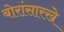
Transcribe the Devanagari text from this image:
बोरांसारखे